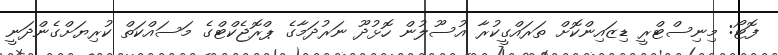
ފޮޓޯ: މިނިސްޓްރީ ޑިޒައިންކޮށް ތަރައްގީކުރާ އުސޫލުން ހޮޅުދޫ ނަރުދަމާގެ ޕްރޮޖެކްޓްގެ މަސައްކަތް ކުރިޔަށްގެންދަނީ